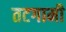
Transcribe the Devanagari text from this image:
तटगामी